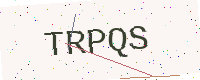
Text: TRPQS